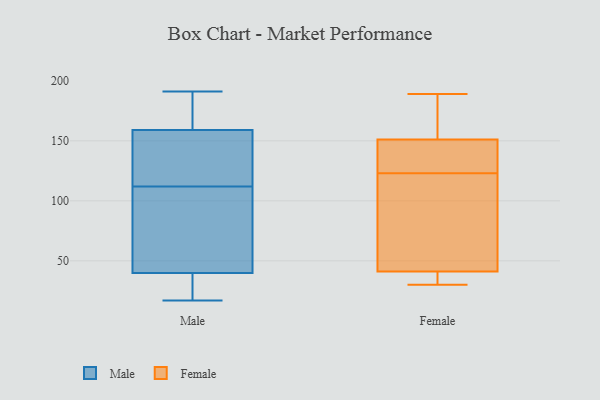
{"axis": {"x": "Market Share (%)", "y": "Value"}, "legend": ["Female", "Male"], "data": [{"x": "", "y": 191, "type": "Male"}, {"x": "", "y": 48, "type": "Male"}, {"x": "", "y": 32, "type": "Male"}, {"x": "", "y": 183, "type": "Male"}, {"x": "", "y": 164, "type": "Male"}, {"x": "", "y": 27, "type": "Male"}, {"x": "", "y": 17, "type": "Male"}, {"x": "", "y": 24, "type": "Male"}, {"x": "", "y": 114, "type": "Male"}, {"x": "", "y": 112, "type": "Male"}, {"x": "", "y": 112, "type": "Male"}, {"x": "", "y": 48, "type": "Male"}, {"x": "", "y": 37, "type": "Male"}, {"x": "", "y": 144, "type": "Male"}, {"x": "", "y": 179, "type": "Male"}, {"x": "", "y": 70, "type": "Male"}, {"x": "", "y": 174, "type": "Male"}, {"x": "", "y": 99, "type": "Male"}, {"x": "", "y": 137, "type": "Male"}, {"x": "", "y": 33, "type": "Female"}, {"x": "", "y": 189, "type": "Female"}, {"x": "", "y": 31, "type": "Female"}, {"x": "", "y": 158, "type": "Female"}, {"x": "", "y": 30, "type": "Female"}, {"x": "", "y": 141, "type": "Female"}, {"x": "", "y": 105, "type": "Female"}, {"x": "", "y": 144, "type": "Female"}, {"x": "", "y": 58, "type": "Female"}, {"x": "", "y": 49, "type": "Female"}, {"x": "", "y": 142, "type": "Female"}, {"x": "", "y": 179, "type": "Female"}]}